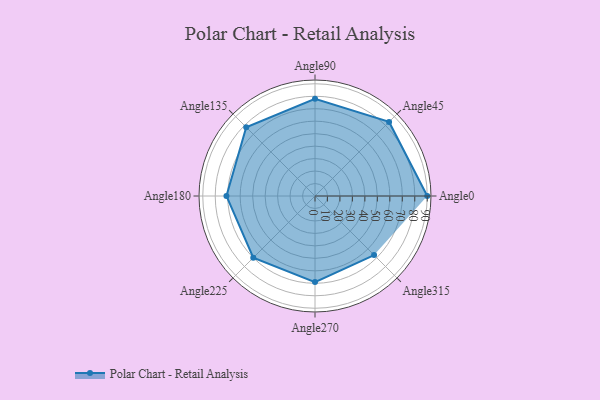
{"axis": {"x": "Angle", "y": "Radius"}, "legend": [""], "data": [{"x": "Angle0", "y": 90.0, "type": ""}, {"x": "Angle45", "y": 84.0, "type": ""}, {"x": "Angle90", "y": 78.0, "type": ""}, {"x": "Angle135", "y": 78.0, "type": ""}, {"x": "Angle180", "y": 71.0, "type": ""}, {"x": "Angle225", "y": 70.0, "type": ""}, {"x": "Angle270", "y": 69.0, "type": ""}, {"x": "Angle315", "y": 67.0, "type": ""}]}